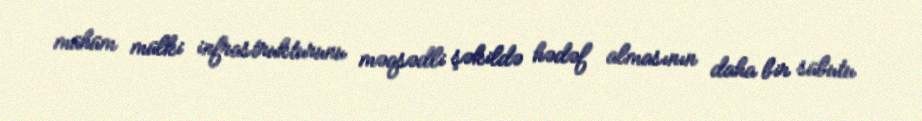
mühüm mülki infrastrukturunu məqsədli şəkildə hədəf almasının daha bir sübutu